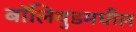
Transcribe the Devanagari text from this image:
बॉलिवुडमधील